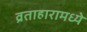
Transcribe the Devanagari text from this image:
व्रताहारामध्ये